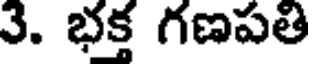
3. భక్త గణపతి